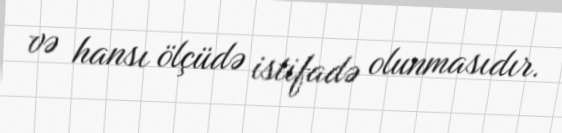
və hansı ölçüdə istifadə olunmasıdır.